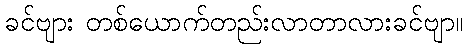
ခင်ဗျား တစ်ယောက်တည်းလာတာလားခင်ဗျာ။